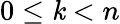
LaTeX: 0\leq\mathit{k}<n